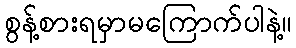
စွန့်စားရမှာမကြောက်ပါနဲ့။